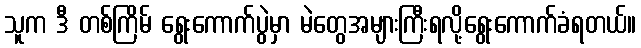
သူက ဒီ တစ်ကြိမ် ရွေးကောက်ပွဲမှာ မဲတွေအများကြီးရလို့ရွေးကောက်ခံရတယ်။